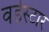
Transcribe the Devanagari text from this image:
वर्डस्‍टार